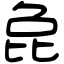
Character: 㲋